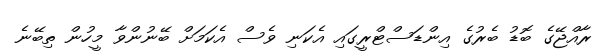
ރާއްޖޭގެ ބޮޑު ބެރުގެ އިންޑަސްޓްރީގައި އެކަނި ވެސް އެކަމަށް ބޭނުންވާ މީހުން ތިބޭނެ